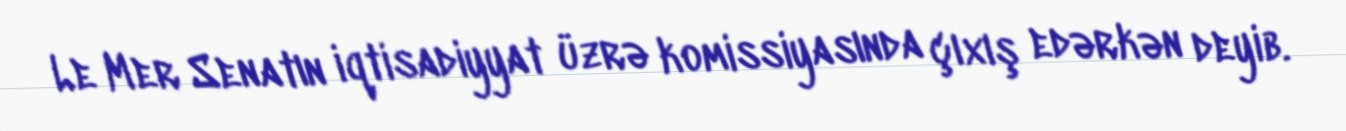
Le Mer Senatın iqtisadiyyat üzrə komissiyasında çıxış edərkən deyib.